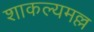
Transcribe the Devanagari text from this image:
शाकल्यमल्ल